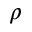
\rho